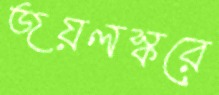
জয়লস্করে